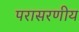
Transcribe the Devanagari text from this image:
परासरणीय